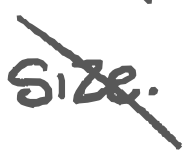
Text: size.
Cross-out: diagonal
Writing tool: digital_gray